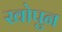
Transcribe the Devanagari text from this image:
खोपुन